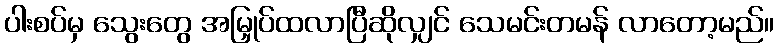
ပါးစပ်မှ သွေးတွေ အမြှုပ်ထလာပြီဆိုလျှင် သေမင်းတမန် လာတော့မည်။